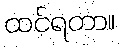
ထင်ရတာ။